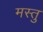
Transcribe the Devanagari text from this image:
मस्तु